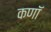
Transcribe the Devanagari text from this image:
कणॉ